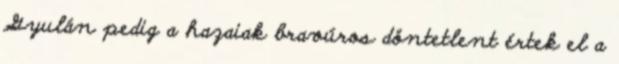
Gyulán pedig a hazaiak bravúros döntetlent értek el a